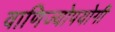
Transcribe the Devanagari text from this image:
वाणिज्योपयोगी